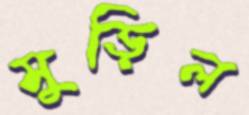
মুড়িল